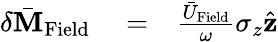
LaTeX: \begin{array}{rlr}{\delta\bar{\mathbf M}_{\mathrm{Field}}}&{{}=}&{\frac{\bar{U}_{\mathrm{Field}}}{\omega}\sigma_{z}\hat{\mathbf z}}\end{array}